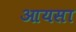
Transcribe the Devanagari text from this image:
आयसा